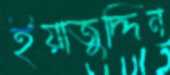
ইয়াজুদ্দিন